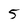
Character: 5